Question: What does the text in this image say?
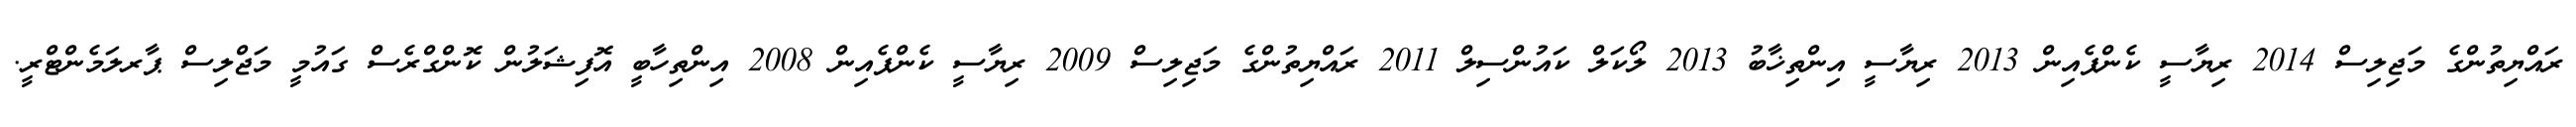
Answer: ރައްޔިތުންގެ މަޖިލިސް 2014 ރިޔާސީ ކެންޕެއިން 2013 ރިޔާސީ އިންތިޚާބު 2013 ލޯކަލް ކައުންސިލް 2011 ރައްޔިތުންގެ މަޖިލިސް 2009 ރިޔާސީ ކެންޕެއިން 2008 އިންތިހާބީ އޮފިޝަލުން ކޮންގްރެސް ގައުމީ މަޖްލިސް ޕާރލަމެންޓްރީ.